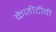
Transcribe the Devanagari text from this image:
केजीटीवी